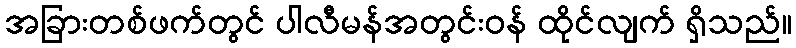
အခြားတစ်ဖက်တွင် ပါလီမန်အတွင်းဝန် ထိုင်လျက် ရှိသည်။